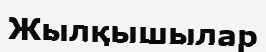
Жылқышылар